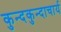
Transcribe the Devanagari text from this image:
कुन्दकुन्दाचार्य